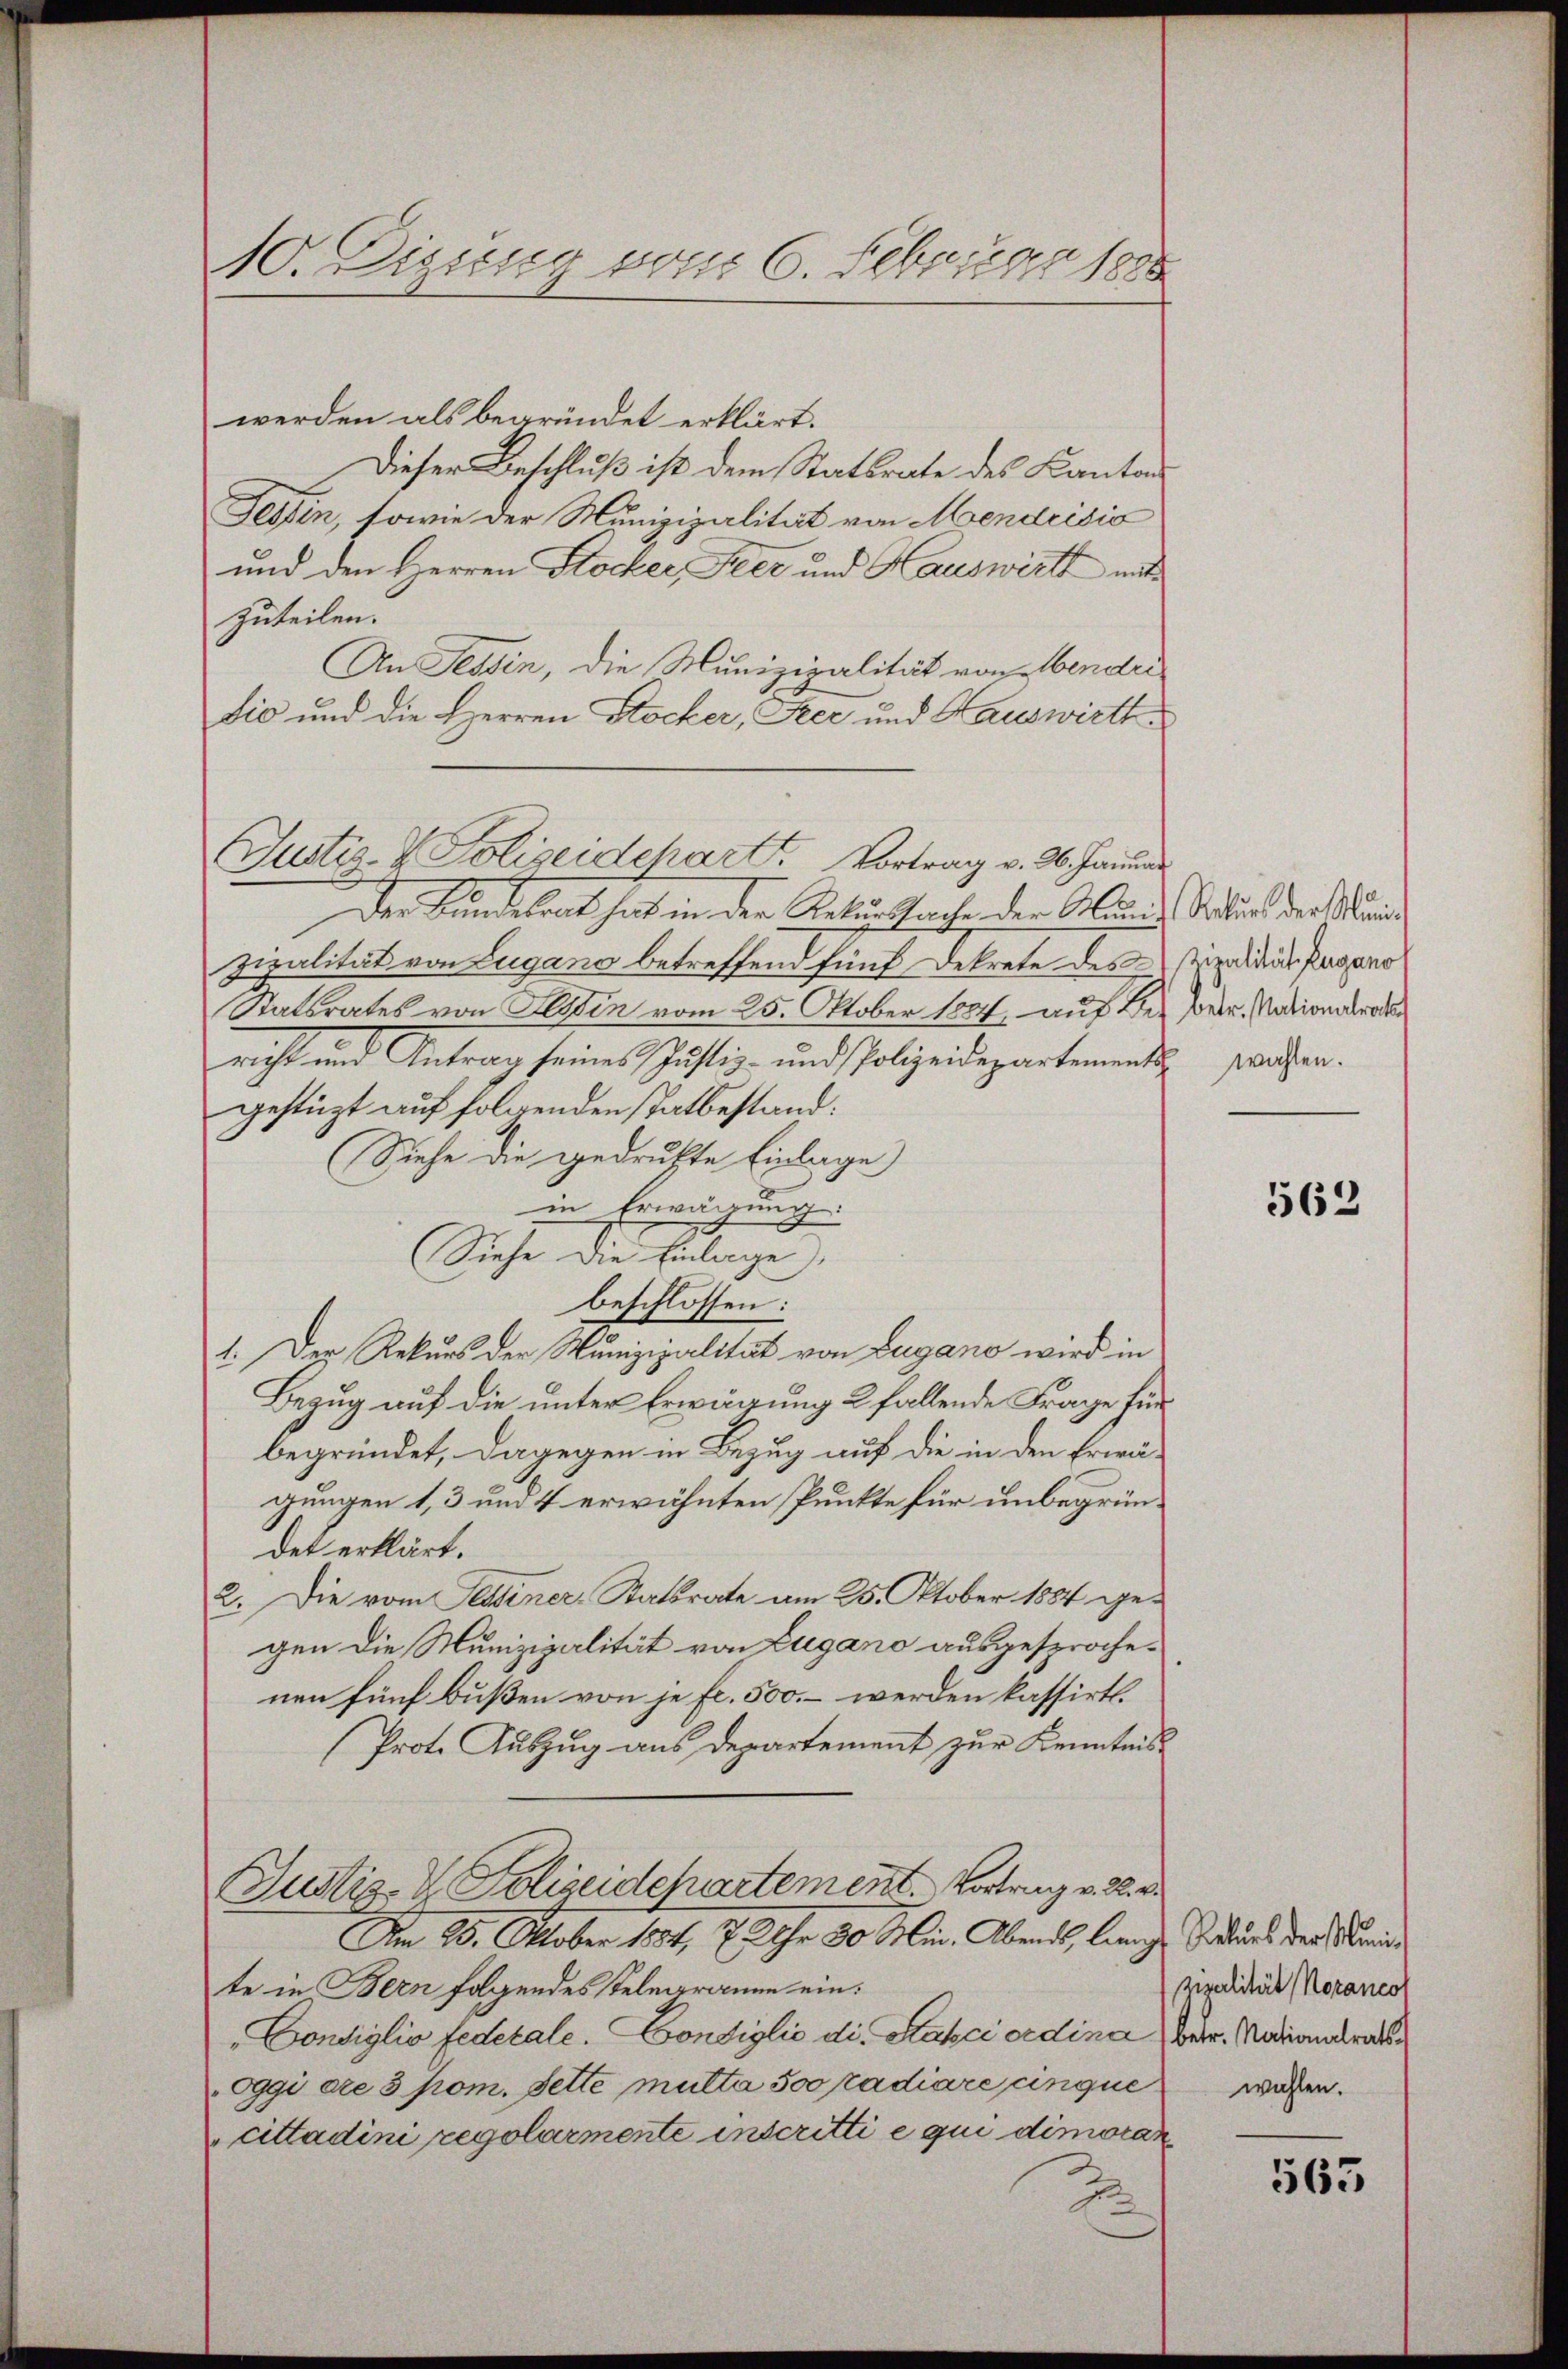
10. Disseso vom 6. Februar 188

Justiz- & Polizeidchart. Vortrag v. 26. Januar

werden als begründet erklärt.
Dieser Beschluß ist dem Statsrate des Kanton
Tessin, sowie der Munizipalität von Mendrisio
und den Herren Stocker, Feer und Hauswirth mit
zuteilen.
An Tessin, die Munizipalität von Mendri
dio und die Herren Stocker, Stec und Hauswirtt
Der Bundesrat hat in der Rekursprache der Abendes Statuend der anzipalität von Lugano betreffend fünf Dekrete des
Statsrates von Seiten vom 25. Oktober 1884, auf der der Nationalrat
richt und Antrag seines Justiz- und Polizeidepartements-
gestüzt auf folgenden statbestand:
Siehe die gedrukte Einlage
in Erwägung.
Siehe die Einlage,
beschlossen:
1. Der Rekurs der Munizipalität von Lugano wird in
Bezug auf die unter Erwägung 2 fallende Frage für
begründet, dagegen in Bezug auf die in den Erwägungen 1, 3 und 4 erwähnten Punkte für unbegründet erklärt.
2. Die vom Tessiner-Statsrate am 25. Oktober 1884 gegen die Munizipalität von Zugano ausgesprochenen fünf bußen von je fl. 500. – werden kassirt.
Prote Auszug aus Departement zur Kenntnis
Justiz-V. Polizeidchartement. Vortrag v. 2. v.
Am 25. Oktober 1884, 7 Uhr 30 Min. Abends, lang Diens der Meite in Bern folgendes Telegramm ein:
Consiglio federale. Condiglio die Hakci ordina Herr Marianderat
Oggi are 3 pom. Sette mutta soo radiare cinque
cittadini regolarmente inscritti e qui dimoran
d

Zipalität Lugano
wahlen.

562

zipalität Koraneo
wahlen.

565